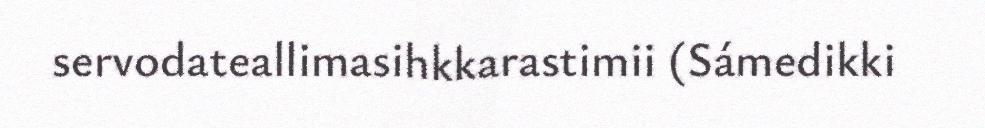
servodateallimasihkkarastimii (Sámedikki